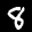
Label: 8